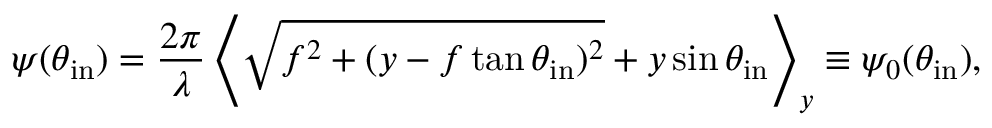
\psi ( \theta _ { \mathrm { i n } } ) = \frac { 2 \pi } { \lambda } \left\langle \sqrt { f ^ { 2 } + ( y - f \tan { \theta _ { \mathrm { i n } } } ) ^ { 2 } } + y \sin { \theta _ { \mathrm { i n } } } \right\rangle _ { y } \equiv \psi _ { 0 } ( \theta _ { \mathrm { i n } } ) ,